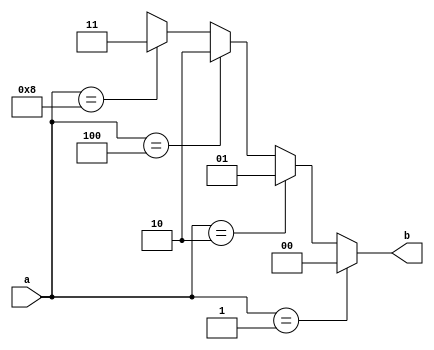
module encoder(
a,
b
);

input [3:0] a;
output reg [1:0] b;

always @(*)begin
    if(a == 4'b0001) begin
        b <= 2'b00;
    end
    else if(a == 4'b0010) begin
        b <= 2'b01;
    end
    else if(a == 4'b0100) begin
        b <= 2'b10;
    end
    else if(a == 4'b1000) begin
        b <= 2'b11;
    end
    else b <= 2'bxx;
    end

endmodule